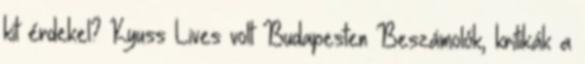
kit érdekel? Kyuss Lives volt Budapesten Beszámolók, kritikák a